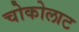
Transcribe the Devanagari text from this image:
चोकोलाट